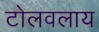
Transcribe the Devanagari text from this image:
टोलवलाय